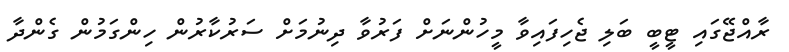
ރާއްޖޭގައި ޓީބީ ބަލި ޖެހިފައިވާ މީހުންނަށް ފަރުވާ ދިނުމަށް ސަރުކާރުން ހިންގަމުން ގެންދާ